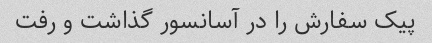
پیک سفارش را در آسانسور گذاشت و رفت